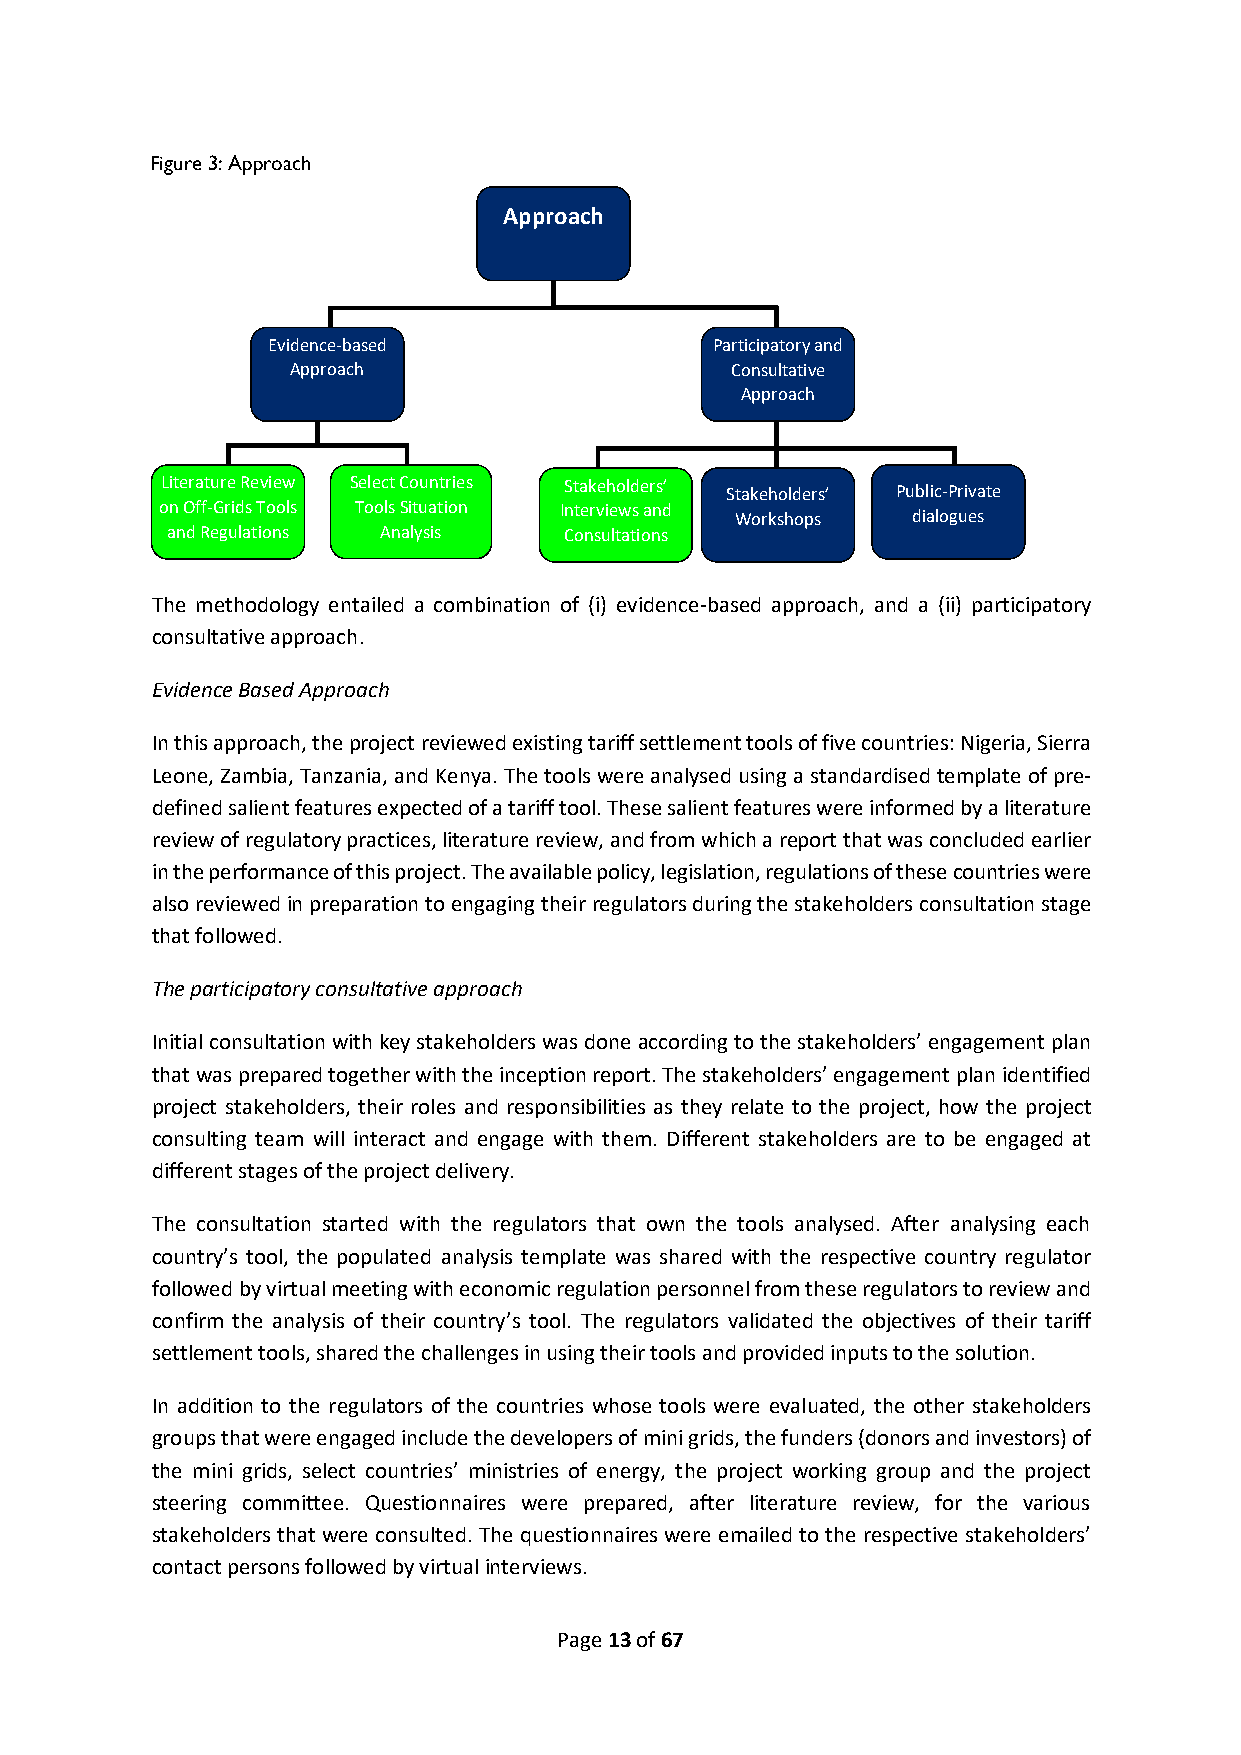
Figure 3: Approach
 Approach
 Evidence-based               Participatory and
 Approach                     Consultative
 Approach
 Literature Review Select Countries Stakeholders’ Stakeholders’ Public-Private
 on Off-Grids Tools Tools Situation Interviews and Workshops dialogues
 and Regulations Analysis  Consultations
 The methodology entailed a combination of (i) evidence-based approach, and a (ii) participatory
 consultative approach.
 Evidence Based Approach
 In this approach, the project reviewed existing tariff settlement tools of five countries: Nigeria, Sierra
 Leone, Zambia, Tanzania, and Kenya. The tools were analysed using a standardised template of pre-
 defined salient features expected of a tariff tool. These salient features were informed by a literature
 review of regulatory practices, literature review, and from which a report that was concluded earlier
 in the performance of this project. The available policy, legislation, regulations of these countries were
 also reviewed in preparation to engaging their regulators during the stakeholders consultation stage
 that followed.
 The participatory consultative approach
 Initial consultation with key stakeholders was done according to the stakeholders’ engagement plan
 that was prepared together with the inception report. The stakeholders’ engagement plan identified
 project stakeholders, their roles and responsibilities as they relate to the project, how the project
 consulting team will interact and engage with them. Different stakeholders are to be engaged at
 different stages of the project delivery.
 The consultation started with the regulators that own the tools analysed. After analysing each
 country’s tool, the populated analysis template was shared with the respective country regulator
 followed by virtual meeting with economic regulation personnel from these regulators to review and
 confirm the analysis of their country’s tool. The regulators validated the objectives of their tariff
 settlement tools, shared the challenges in using their tools and provided inputs to the solution.
 In addition to the regulators of the countries whose tools were evaluated, the other stakeholders
 groups that were engaged include the developers of mini grids, the funders (donors and investors) of
 the mini grids, select countries’ ministries of energy, the project working group and the project
 steering committee. Questionnaires were prepared, after literature review, for the various
 stakeholders that were consulted. The questionnaires were emailed to the respective stakeholders’
 contact persons followed by virtual interviews.
 Page 13 of 67